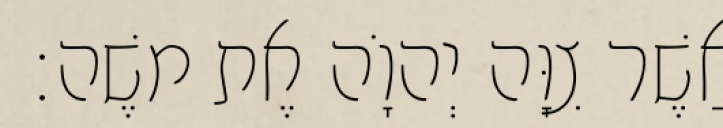
אֲשֶׁר צִוָּה יְהוָֹה אֶת משֶׁה׃